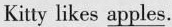
Kitty likes \underline{apples}.